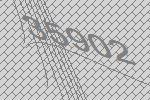
35902